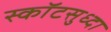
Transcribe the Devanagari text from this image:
स्कॉटसुध्दा